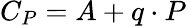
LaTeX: \textstyle C_{P}=A+q\cdot P\,